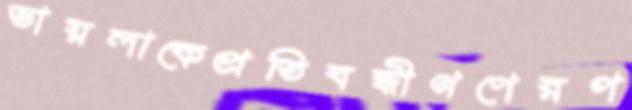
ভায়লাকেপ্রতিবন্ধীগণেরপ